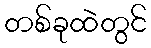
တစ်ခုထဲတွင်